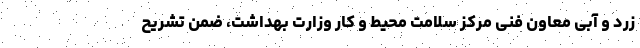
زرد و آبی معاون فنی مرکز سلامت محیط و کار وزارت بهداشت، ضمن تشریح